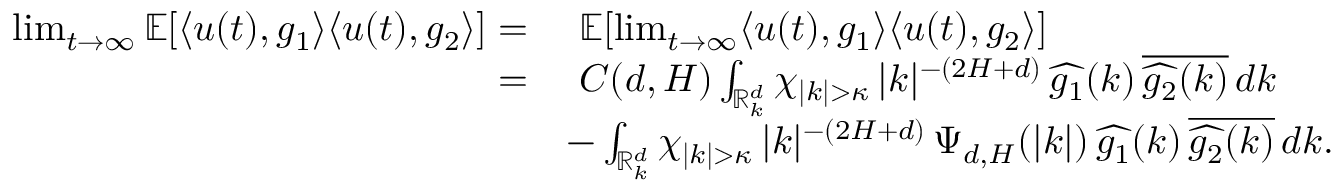
\begin{array} { r l } { \operatorname* { l i m } _ { t \rightarrow \infty } \mathbb { E } [ \langle u ( t ) , g _ { 1 } \rangle { \langle u ( t ) , g _ { 2 } \rangle } ] = } & { \ \mathbb { E } [ \operatorname* { l i m } _ { t \rightarrow \infty } \langle u ( t ) , g _ { 1 } \rangle { \langle u ( t ) , g _ { 2 } \rangle } ] } \\ { = } & { \ C ( d , H ) \int _ { \mathbb R _ { k } ^ { d } } \chi _ { | k | > \kappa } \, | k | ^ { - ( 2 H + d ) } \, \widehat { g _ { 1 } } ( k ) \, \overline { { \widehat { g _ { 2 } } ( k ) } } \, d k } \\ & { - \int _ { \mathbb R _ { k } ^ { d } } \chi _ { | k | > \kappa } \, | k | ^ { - ( 2 H + d ) } \, \Psi _ { d , H } ( | k | ) \, \widehat { g _ { 1 } } ( k ) \, \overline { { \widehat { g _ { 2 } } ( k ) } } \, d k . } \end{array}